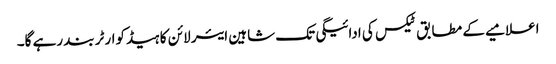
اعلامیے کے مطابق ٹیکس کی ادائیگی تک شاہین ایئر لائن کا ہیڈکوارٹر بند رہے گا۔